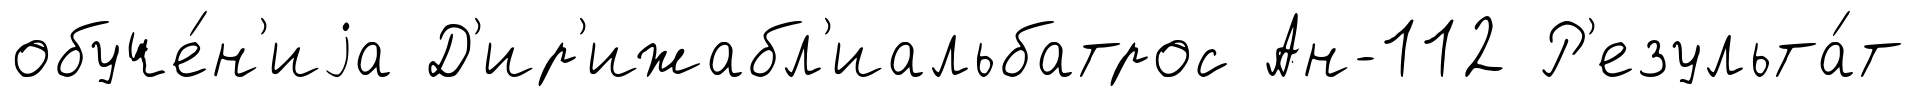
обуче́н'иjа Д'ир'ижабл'иальбатрос Ан-112 Р'езульта́т